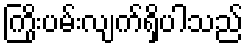
ကြိုးပမ်းလျက်ရှိပါသည်